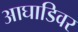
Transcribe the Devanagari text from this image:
आघाडिवर